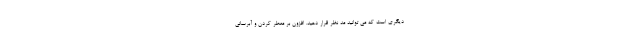
دیگری است که می توانید مد نظر قرار دهید. افزون بر معطر کردن و آبرسانی